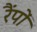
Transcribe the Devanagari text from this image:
रैंपों